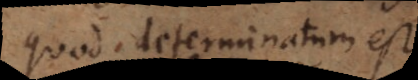
quod determinatum est